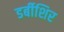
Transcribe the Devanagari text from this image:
डर्बीशिर